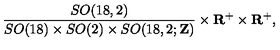
\frac { S O ( 1 8 , 2 ) } { S O ( 1 8 ) \times S O ( 2 ) \times S O ( 1 8 , 2 ; { \bf Z } ) } \times { \bf R } ^ { + } \times { \bf R } ^ { + } ,